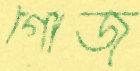
গোজ